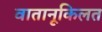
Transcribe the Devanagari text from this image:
वातानूकिलत